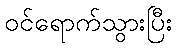
ဝင်ရောက်သွားပြီး